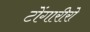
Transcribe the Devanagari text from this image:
टोंगारीरो